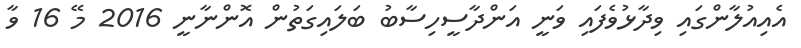
އެއިއުލާންގައި ވިދާޅުވެފައި ވަނީ އަންދާސީހިސާބު ބަލައިގަތުން އޮންނާނީ 2016 މޭ 16 ވާ